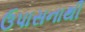
ઉપાસનાથી